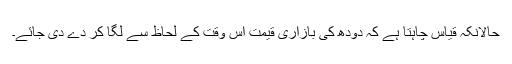
حالانکہ قیاس چاہتا ہے کہ دودھ کی بازاری قیمت اس وقت کے لحاظ سے لگا کر دے دی جائے۔